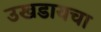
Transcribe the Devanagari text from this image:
उखडायचा